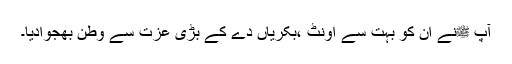
آپ ﷺنے ان کو بہت سے اونٹ ،بکریاں دے کے بڑی عزت سے وطن بھجوادیا۔